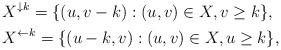
LaTeX: \begin{align*}& X^{\downarrow k} = \{(u,v-k) : (u,v) \in X, v \geq k\}, \\& X^{\leftarrow k} = \{(u-k,v) : (u,v) \in X, u \geq k\},\end{align*}